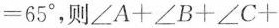
＝65^{\circ}，则$$\angle A+\angle B+\angle C+$$